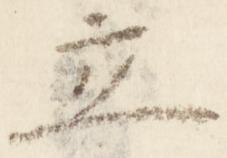
立